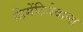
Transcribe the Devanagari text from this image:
डिमेंटियेवाला